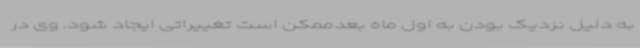
به دلیل نزدیک بودن به اول ماه بعدممکن است تغییراتی ایجاد شود. وی در